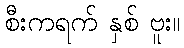
စီးကရက် နှစ် ဗူး။